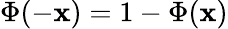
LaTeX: \Phi(-\mathbf{x})=1-\Phi(\mathbf{x})